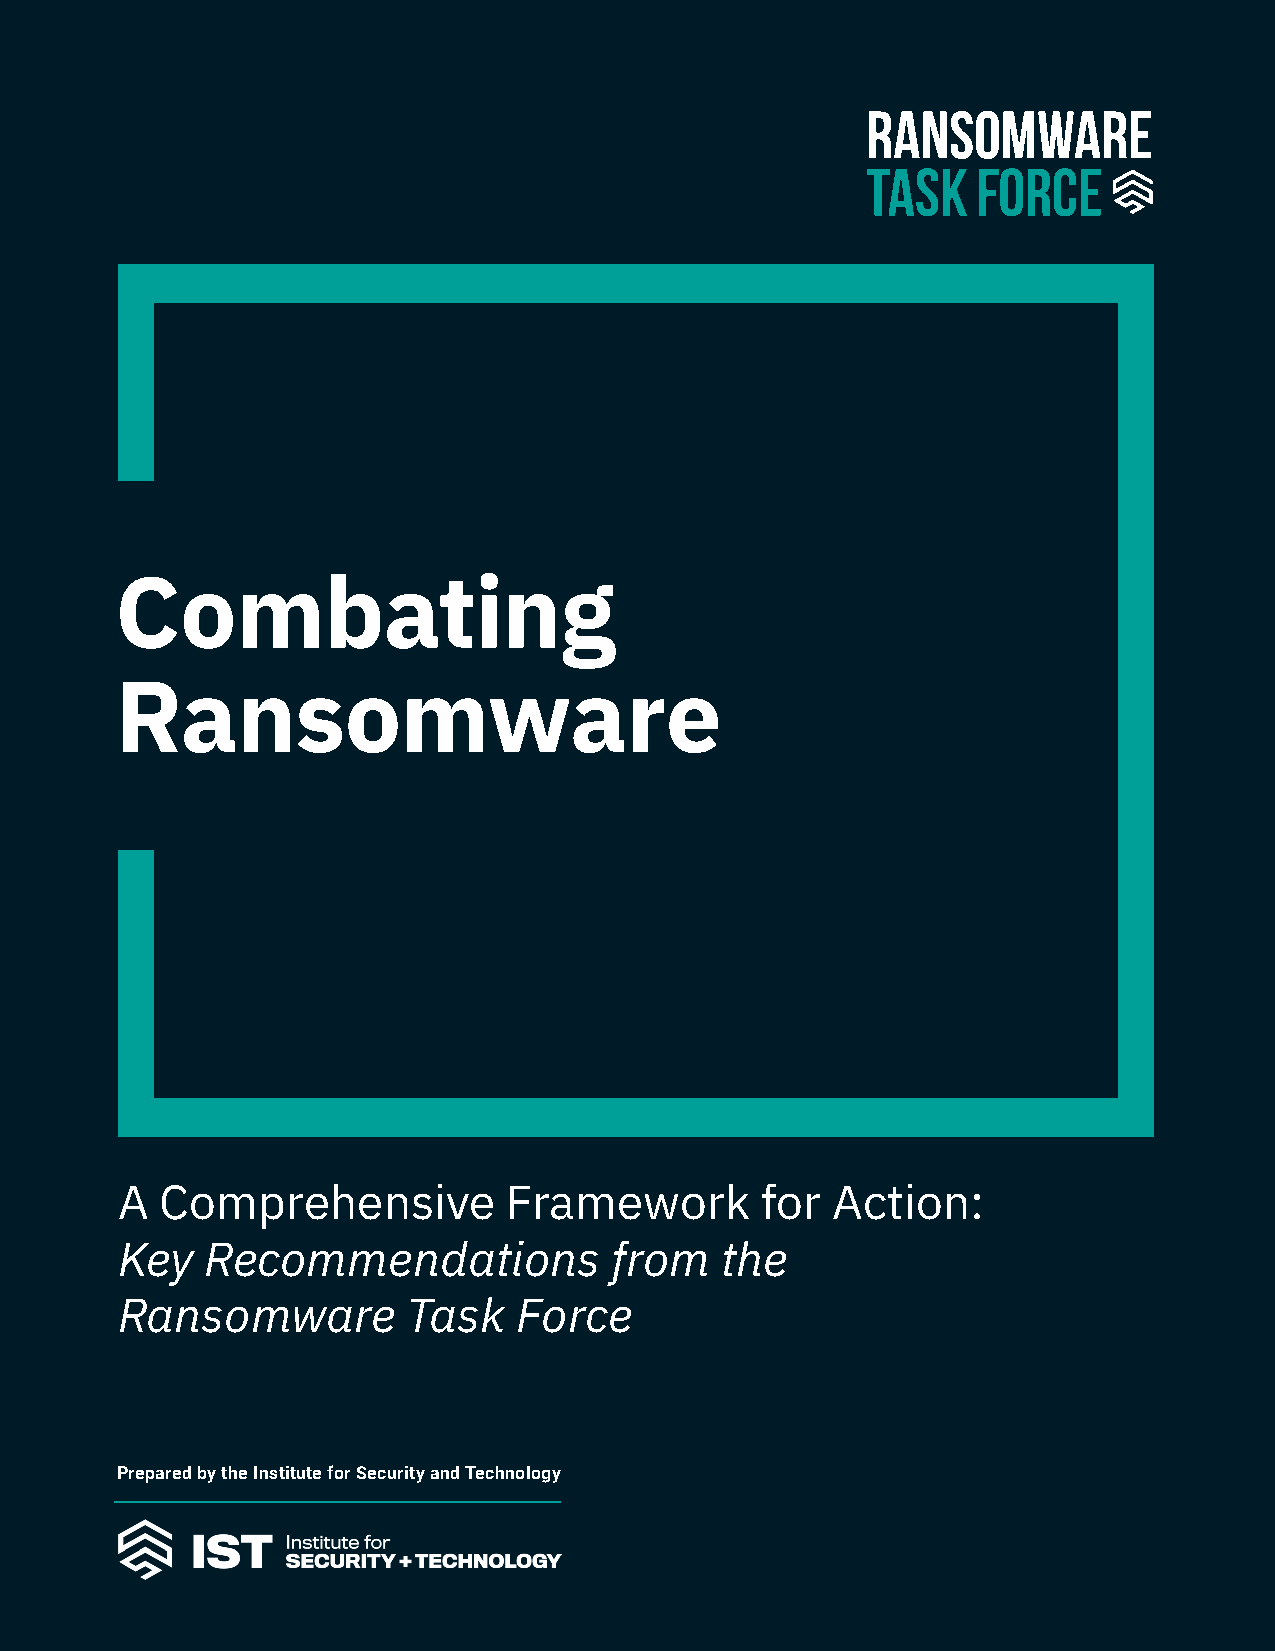
IST Combating Ransomware                                Chapter Title 1
 Combating
 Ransomware
 A  Comprehensive          Framework       for  Action:
 Key   Recommendations           from    the
 Ransomware         Task   Force
 Prepared by the Institute for Security and Technology